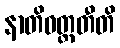
နာတိဝတ္တတီတိ